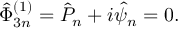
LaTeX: \hat { \Phi } _ { 3 n } ^ { ( 1 ) } = \hat { P } _ { n } + i \hat { \psi } _ { n } = 0 .